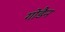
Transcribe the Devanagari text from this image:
गोडैन